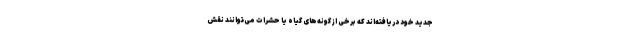
جدید خود دریافته‌اند که برخی از گونه‌های گیاه یا حشرات می‌توانند نقش